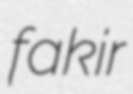
fakir